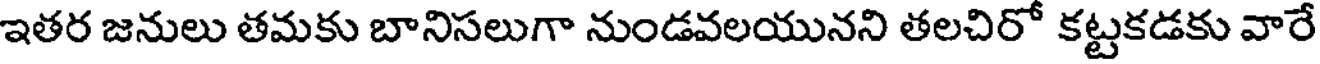
ఇతర జనులు తమకు బానిసలుగా నుండవలయునని తలచిరో కట్టకడకు వారే